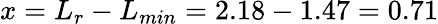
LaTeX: x=L_{r}-L_{min}=2.18-1.47=0.71